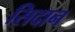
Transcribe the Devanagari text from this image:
सिदान